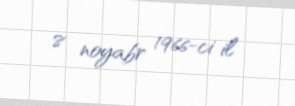
8 noyabr 1966-ci il